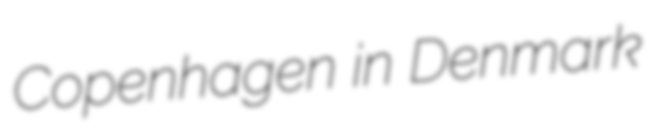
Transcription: Copenhagen in Denmark